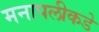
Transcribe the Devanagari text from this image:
मनापलीकडे